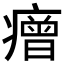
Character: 𤺧